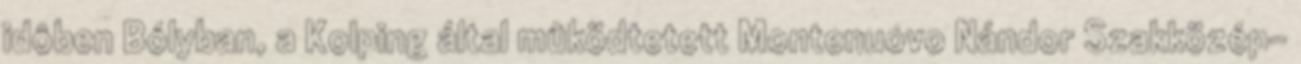
idôben Bólyban, a Kolping által mûködtetett Montenuovo Nándor Szakközép-